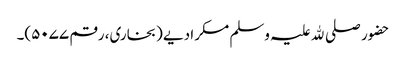
حضور صلی ﷲ علیہ وسلم مسکرا دیے (بخاری، رقم ۵۰۷۷)۔